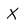
Character: X